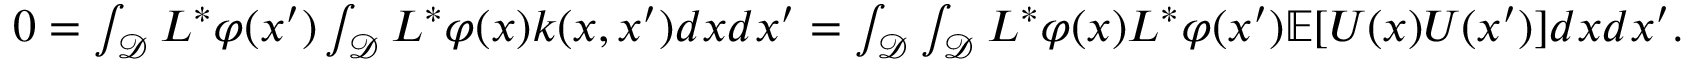
\begin{array} { r } { 0 = \int _ { \mathcal { D } } L ^ { * } \varphi ( x ^ { \prime } ) \int _ { \mathcal { D } } L ^ { * } \varphi ( x ) k ( x , x ^ { \prime } ) d x d x ^ { \prime } = \int _ { \mathcal { D } } \int _ { \mathcal { D } } L ^ { * } \varphi ( x ) L ^ { * } \varphi ( x ^ { \prime } ) \mathbb { E } [ U ( x ) U ( x ^ { \prime } ) ] d x d x ^ { \prime } . } \end{array}